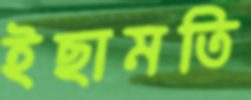
ইছামতি